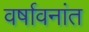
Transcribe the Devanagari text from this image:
वर्षावनांत